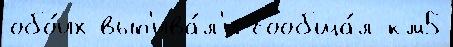
обо́их вып'ива́л'и сообща́л км5